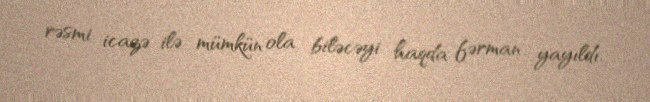
rəsmi icazə ilə mümkün ola biləcəyi haqda fərman yayıldı.